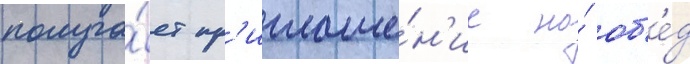
получа́ет пр'иглаше́н'ие на́ об'е́д